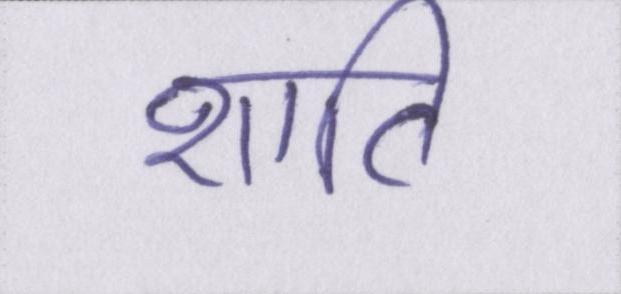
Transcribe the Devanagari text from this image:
शाति